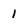
Character: 1